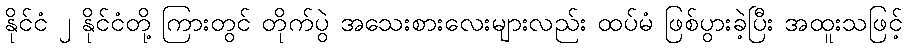
နိုင်ငံ ၂ နိုင်ငံတို့ ကြားတွင် တိုက်ပွဲ အသေးစားလေးများလည်း ထပ်မံ ဖြစ်ပွားခဲ့ပြီး အထူးသဖြင့်